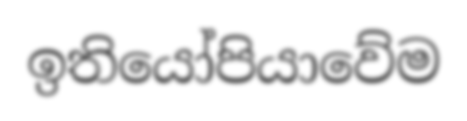
ඉතියෝපියාවේම